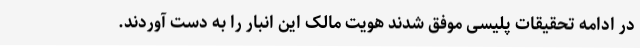
در ادامه تحقیقات پلیسی موفق شدند هویت مالک این انبار را به دست آوردند.